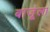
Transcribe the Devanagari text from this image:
बाजूंला